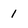
Character: 1